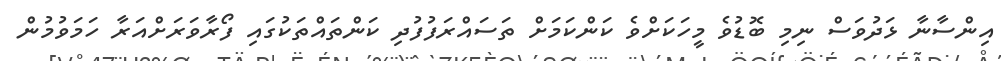
އިންސާނާ ޅަދުވަސް ނިމި ބޮޑުވެ މީހަކަށްވެ ކަންކަމަށް ތަސައްރަފުފުދި ކަންތައްތަކުގައި ފޯރާވަރަށްއަރާ ހަމަވުމުން